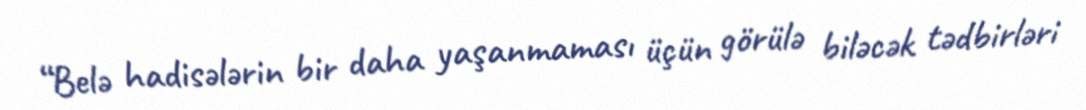
“Belə hadisələrin bir daha yaşanmaması üçün görülə biləcək tədbirləri